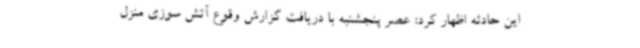
این حادثه اظهار کرد: عصر پنجشنبه با دریافت گزارش وقوع آتش سوزی منزل